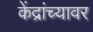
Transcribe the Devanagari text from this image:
केंद्रांच्यावर